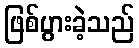
ဖြစ်ပွားခဲ့သည်